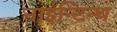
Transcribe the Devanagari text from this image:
नाईन्टिन्थ